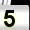
Digit: 5